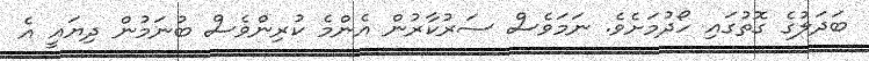
ބަދަލުގެ ގޮތުގައި ހޯދުމަށެވެ. ނަމަވެސް ސަރުކާރުން އެންމެ ކުރިންވެސް ބުނަމުން ދިޔައީ އެ